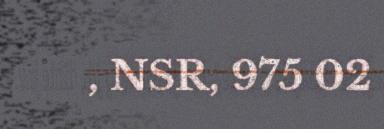
, NSR, 975 02